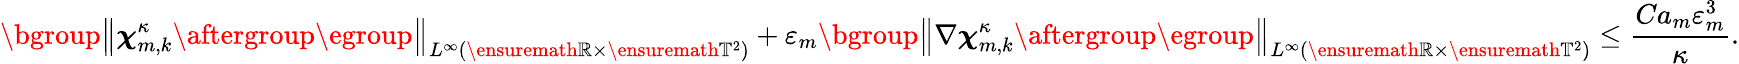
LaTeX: \mathopen{}\mathclose\bgroup\left\| {\boldsymbol{\chi}}_{m,k}^{\kappa}\aftergroup\egroup\right\| _{L^{\infty}(\ensuremath{\mathbb{R}}\times\ensuremath{\mathbb{T}}^{2})}+\varepsilon_{m}\mathopen{}\mathclose\bgroup\left\| \nabla{\boldsymbol{\chi}}_{m,k}^{\kappa}\aftergroup\egroup\right\| _{L^{\infty}(\ensuremath{\mathbb{R}}\times\ensuremath{\mathbb{T}}^{2})}\leq\frac{Ca_{m}\varepsilon_{m}^{3}}{\kappa}.